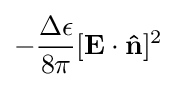
-{\frac {\Delta \epsilon }{8\pi }}[\mathbf {E} \cdot \mathbf {\hat {n}} ]^{2}